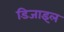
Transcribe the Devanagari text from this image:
डिजाइल